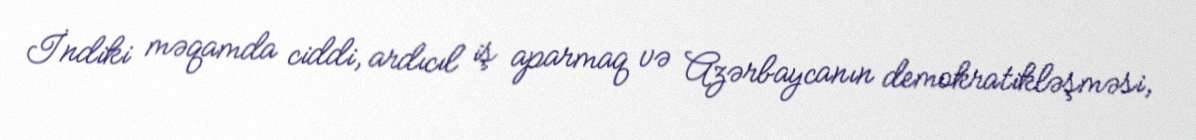
İndiki məqamda ciddi, ardıcıl iş aparmaq və Azərbaycanın demokratikləşməsi,